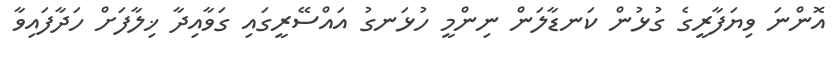
އޮންނަ ވިޔަފާރީގެ ގުޅުން ކަނޑާލަން ނިންމީ ހުޅަނގު އައްސޭރީގައި ގަވާއިދާ ޚިލާފަށް ހަދާފައިވާ